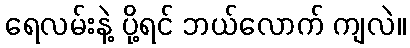
ရေလမ်းနဲ့ ပို့ရင် ဘယ်လောက် ကျလဲ။